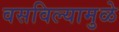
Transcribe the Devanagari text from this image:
वसविल्यामुळे